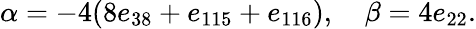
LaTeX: \alpha=-4(8e_{38}+e_{115}+e_{116}),\quad\beta=4e_{22}.